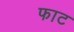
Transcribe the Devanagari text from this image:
फाट